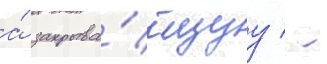
а́ закрыва́ющуу / -